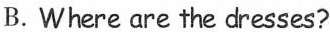
B. Where are the dresses?